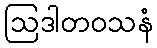
ဩဒါတဝသနံ